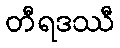
တီရဒဿီ